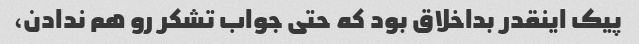
پیک اینقدر بداخلاق بود که حتی جواب تشکر رو هم ندادن،